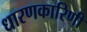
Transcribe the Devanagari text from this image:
धारणकारिणी